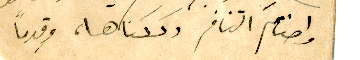
واصنامَ التنافر دككناها، وقِدماً